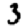
Digit: 3